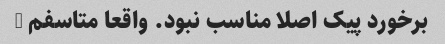
برخورد پیک اصلا مناسب نبود. واقعا متاسفم …